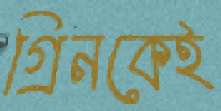
গ্রিনকেই